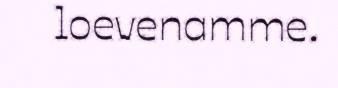
loevenamme.